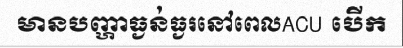
មានបញ្ហាធ្ងន់ធ្ងរនៅពេលACU បើក